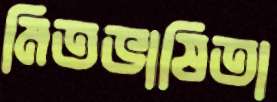
মিতভাষিতা